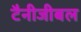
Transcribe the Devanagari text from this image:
टैनीजीबल